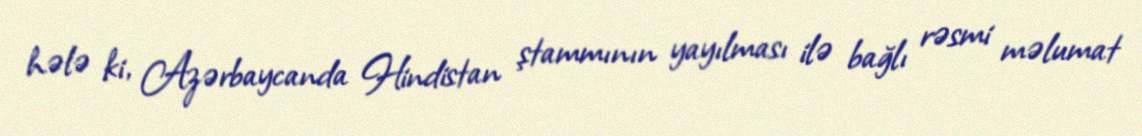
hələ ki, Azərbaycanda Hindistan ştammının yayılması ilə bağlı rəsmi məlumat